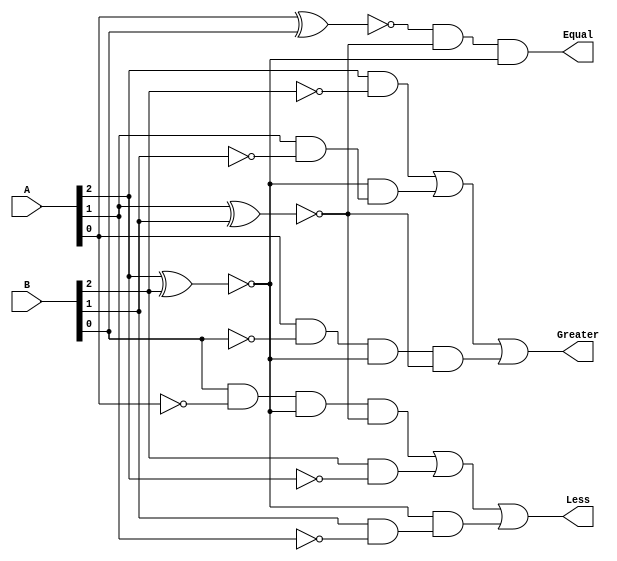
// Module Name:    Three_Bit_Comparator 

module Three_Bit_Comparator(A,B,Greater,Less,Equal);
	input [2:0] A,B;
	output Greater,Less,Equal;
	wire w1,w2,w3,w4,w5,w6,w7,w8,w9,w10,w11,w12,w13;
	not n1(w1,A[0]);
	not n2(w2,A[1]);
	not n3(w3,A[2]);
	not n4(w4,B[0]);
	not n5(w5,B[1]);
	not n6(w6,B[2]);
	
	//equal to
	xnor x1(w7,A[0],B[0]);
	xnor x2(w8,A[1],B[1]);
	xnor x3(w9,A[2],B[2]);
	and a1(Equal,w7,w8,w9);
	
	//greater than
	and a2(w10,A[2],w6);
	and a3(w11,A[1],w5);
	and a4(w12,w9,w11);
	and a5(w13,A[0],w4);
	and a6(w14,w13,w9,w8);
	or o1(Greater,w10,w12,w14);
	
	//less than
	and a7(w15,B[2],w3);
	and a8(w16,B[1],w2);
	and a9(w17,w9,w16);
	and a10(w18,B[0],w1);
	and a11(w19,w18,w9,w8);
	or o2(Less,w19,w15,w17);
endmodule